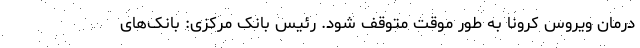
درمان ویروس کرونا به طور موقت متوقف شود. رئیس بانک مرکزی: بانک‌های